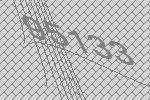
95133